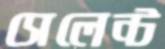
সেলেন্ট